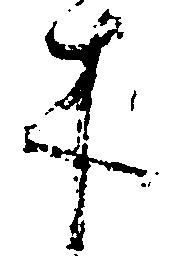
木